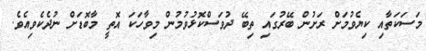
މަސަކަތާއި ކިޔެވުމަށް ރަށުން ބޭރުގައި ތިބޭ ދުވަސްކޮޅުވުމުން މިވާހަކަ އޮތީ މާބޮޑަށް ނުދެކެވިއެވެ.